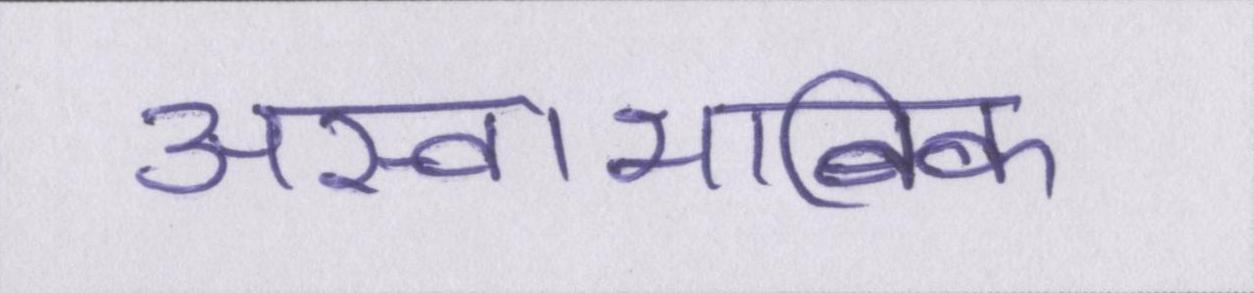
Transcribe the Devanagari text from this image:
अस्वाभाविक